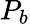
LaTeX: P_{b}